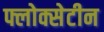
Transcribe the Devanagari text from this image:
फ्लोक्सेटीन